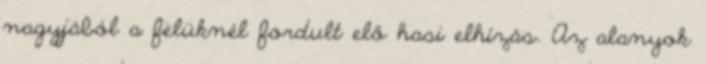
nagyjából a felüknél fordult elő hasi elhízás. Az alanyok